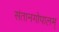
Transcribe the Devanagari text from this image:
संतानगोपालम्